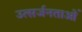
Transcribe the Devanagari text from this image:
उत्सर्जनताओं